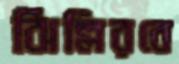
ঝিল্লিরবে